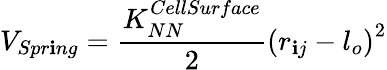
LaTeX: V_{Spr\mathbf{i}ng}=\frac{{K_{NN}^{CellSurface}}}{{2}}\left(r_{\mathbf{i}j}-l_{o}\right)^{2}